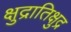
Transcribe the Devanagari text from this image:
क्षुद्रातिक्षुद्र